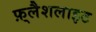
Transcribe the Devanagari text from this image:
फ़्लैशलाइट